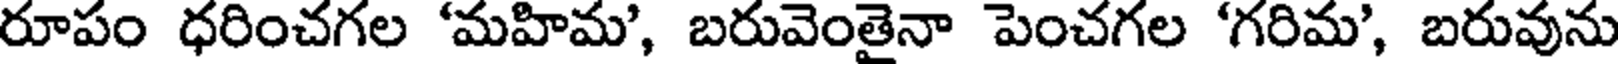
రూపం ధరించగల 'మహిమ', బరువెంతైనా పెంచగల 'గరిమ', బరువును